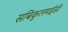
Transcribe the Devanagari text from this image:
सबिकुलमईसी